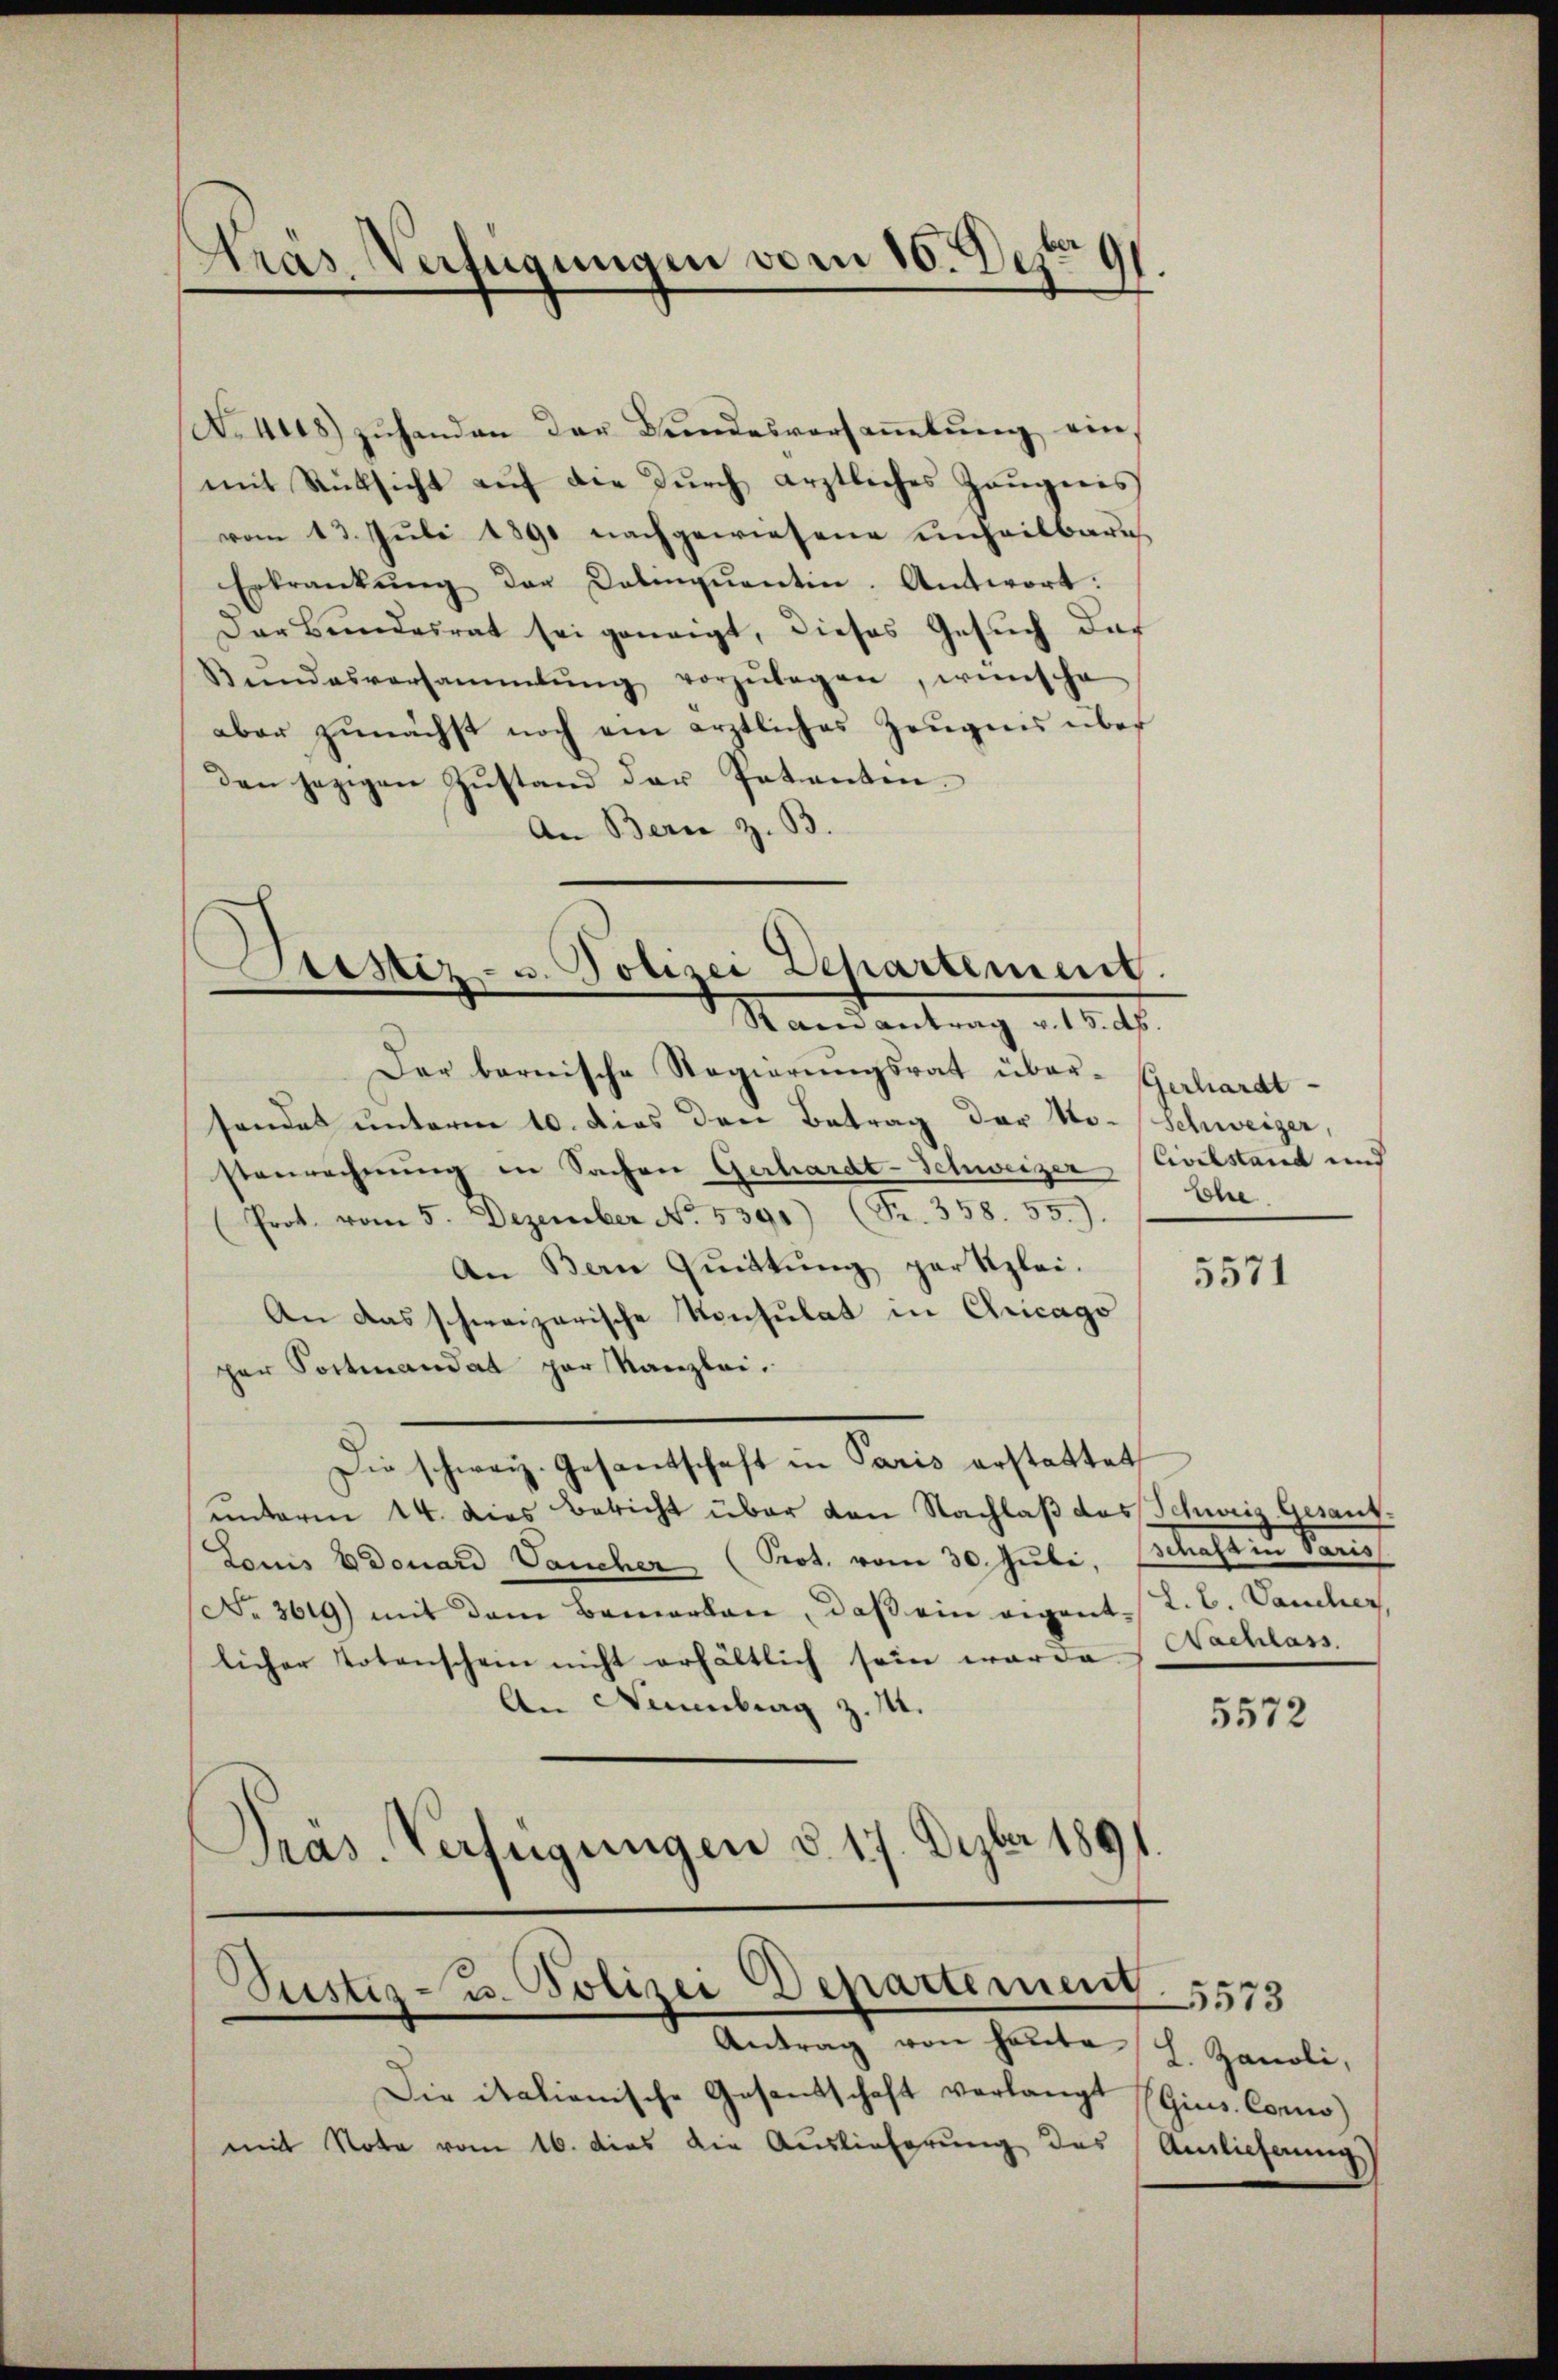
Arás Verfügungen vom 10. Dez. 91.

ustiz- u. Polizei Dehartement.
Ramantrag v. 15. ds.

A.Aus) zuhanden der Bundesversammlung einmit Rücksicht auf die durch ärztliches Zeugnis
vom 13. Juli 1890 nachgewiesene unheilbare
Erkrankŭng der Delinquantin. Antwort:
Der Bŭndesrat sei geneigt, dieses Gesŭch das
Bŭndesversammlung vorzŭlegen, wünsche
aber zunächst noch ein ärztliches Zeŭgnis über
den jezigen Zustand der Patentin.
An Bern z. B.
Der bernische Regierungsrat über-Gerhardt-
sendet unterm 10. dies den Betrag der No-Schweiger,
stenrechnung in Sachen Gerhardt-Schweizer, Civilstand und
Prot. vom 5. Dezember No. 5391) (Fr. 358. 55).
An Bern Quittung partizlei.
An das schweizerische Konsulat in Chicago
per Portmandat par Kanzlei.
Die schweiz. Gesamtschaft in Paris erstattet
unterm 14. dies Bericht über den Nachlaß das Schweiz. Gesant¬
Louis Edouard aucher (Prot. vom 30. Juli, Schaften Paris
No. 3619) mit dem Bemerken, daß ein eigentl. C. Vancher,
licher Totenschein nicht erhältlich sein werde. Nachlass.
An Nürnberg z. 14.
Präs. Verfügungen d. 17. Depber 1891.

Justiz- u. Polizei Departement

Antrag von heute L. Zanoli,
Die italienische Gesandschaft verlangt (Gius. Como)
mit Note vom 16. dies die Auslieferung des Anlieferung

Ehre

5571

5572

5573